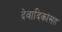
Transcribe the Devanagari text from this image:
देवादिकांसह